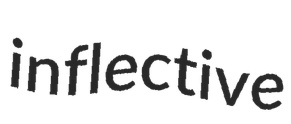
inflective